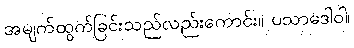
အမျက်ထွက်ခြင်းသည်လည်းကောင်း။ ပသာဒေါဝါ၊